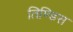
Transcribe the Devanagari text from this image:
तिण्डिस